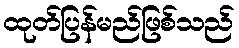
ထုတ်ပြန်မည်ဖြစ်သည်